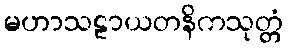
မဟာသဠာယတနိကသုတ္တံ